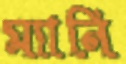
ম্যানি